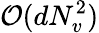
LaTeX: \mathcal{O}(dN_{v}^{2})